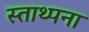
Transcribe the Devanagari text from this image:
स्ताथ्पना